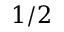
1 / 2